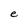
Character: e